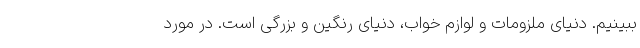
ببینیم. دنیای ملزومات و لوازم خواب، دنیای رنگین و بزرگی است. در مورد